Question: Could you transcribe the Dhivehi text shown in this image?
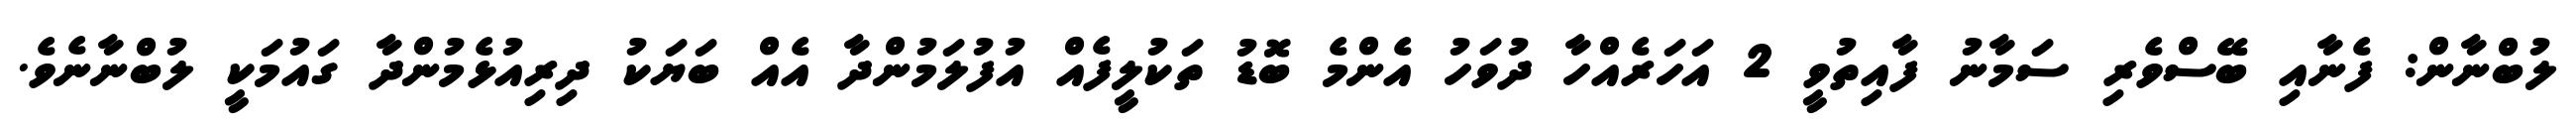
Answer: ލުބްނާން: ފެނާއި ބޭސްވެރި ސަމާނު ފާއިތުވީ 2 އަހަރެއްހާ ދުވަހު އެންމެ ބޮޑު ތަކުލީފެއް އުފުލަމުންދާ އެއް ބަޔަކު ދިރިއުޅެމުންދާ ގައުމަކީ ލުބްނާނެވެ.